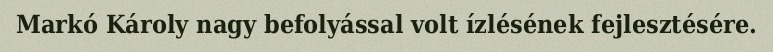
Markó Károly nagy befolyással volt ízlésének fejlesztésére.